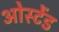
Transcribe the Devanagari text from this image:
ओस्टेंड